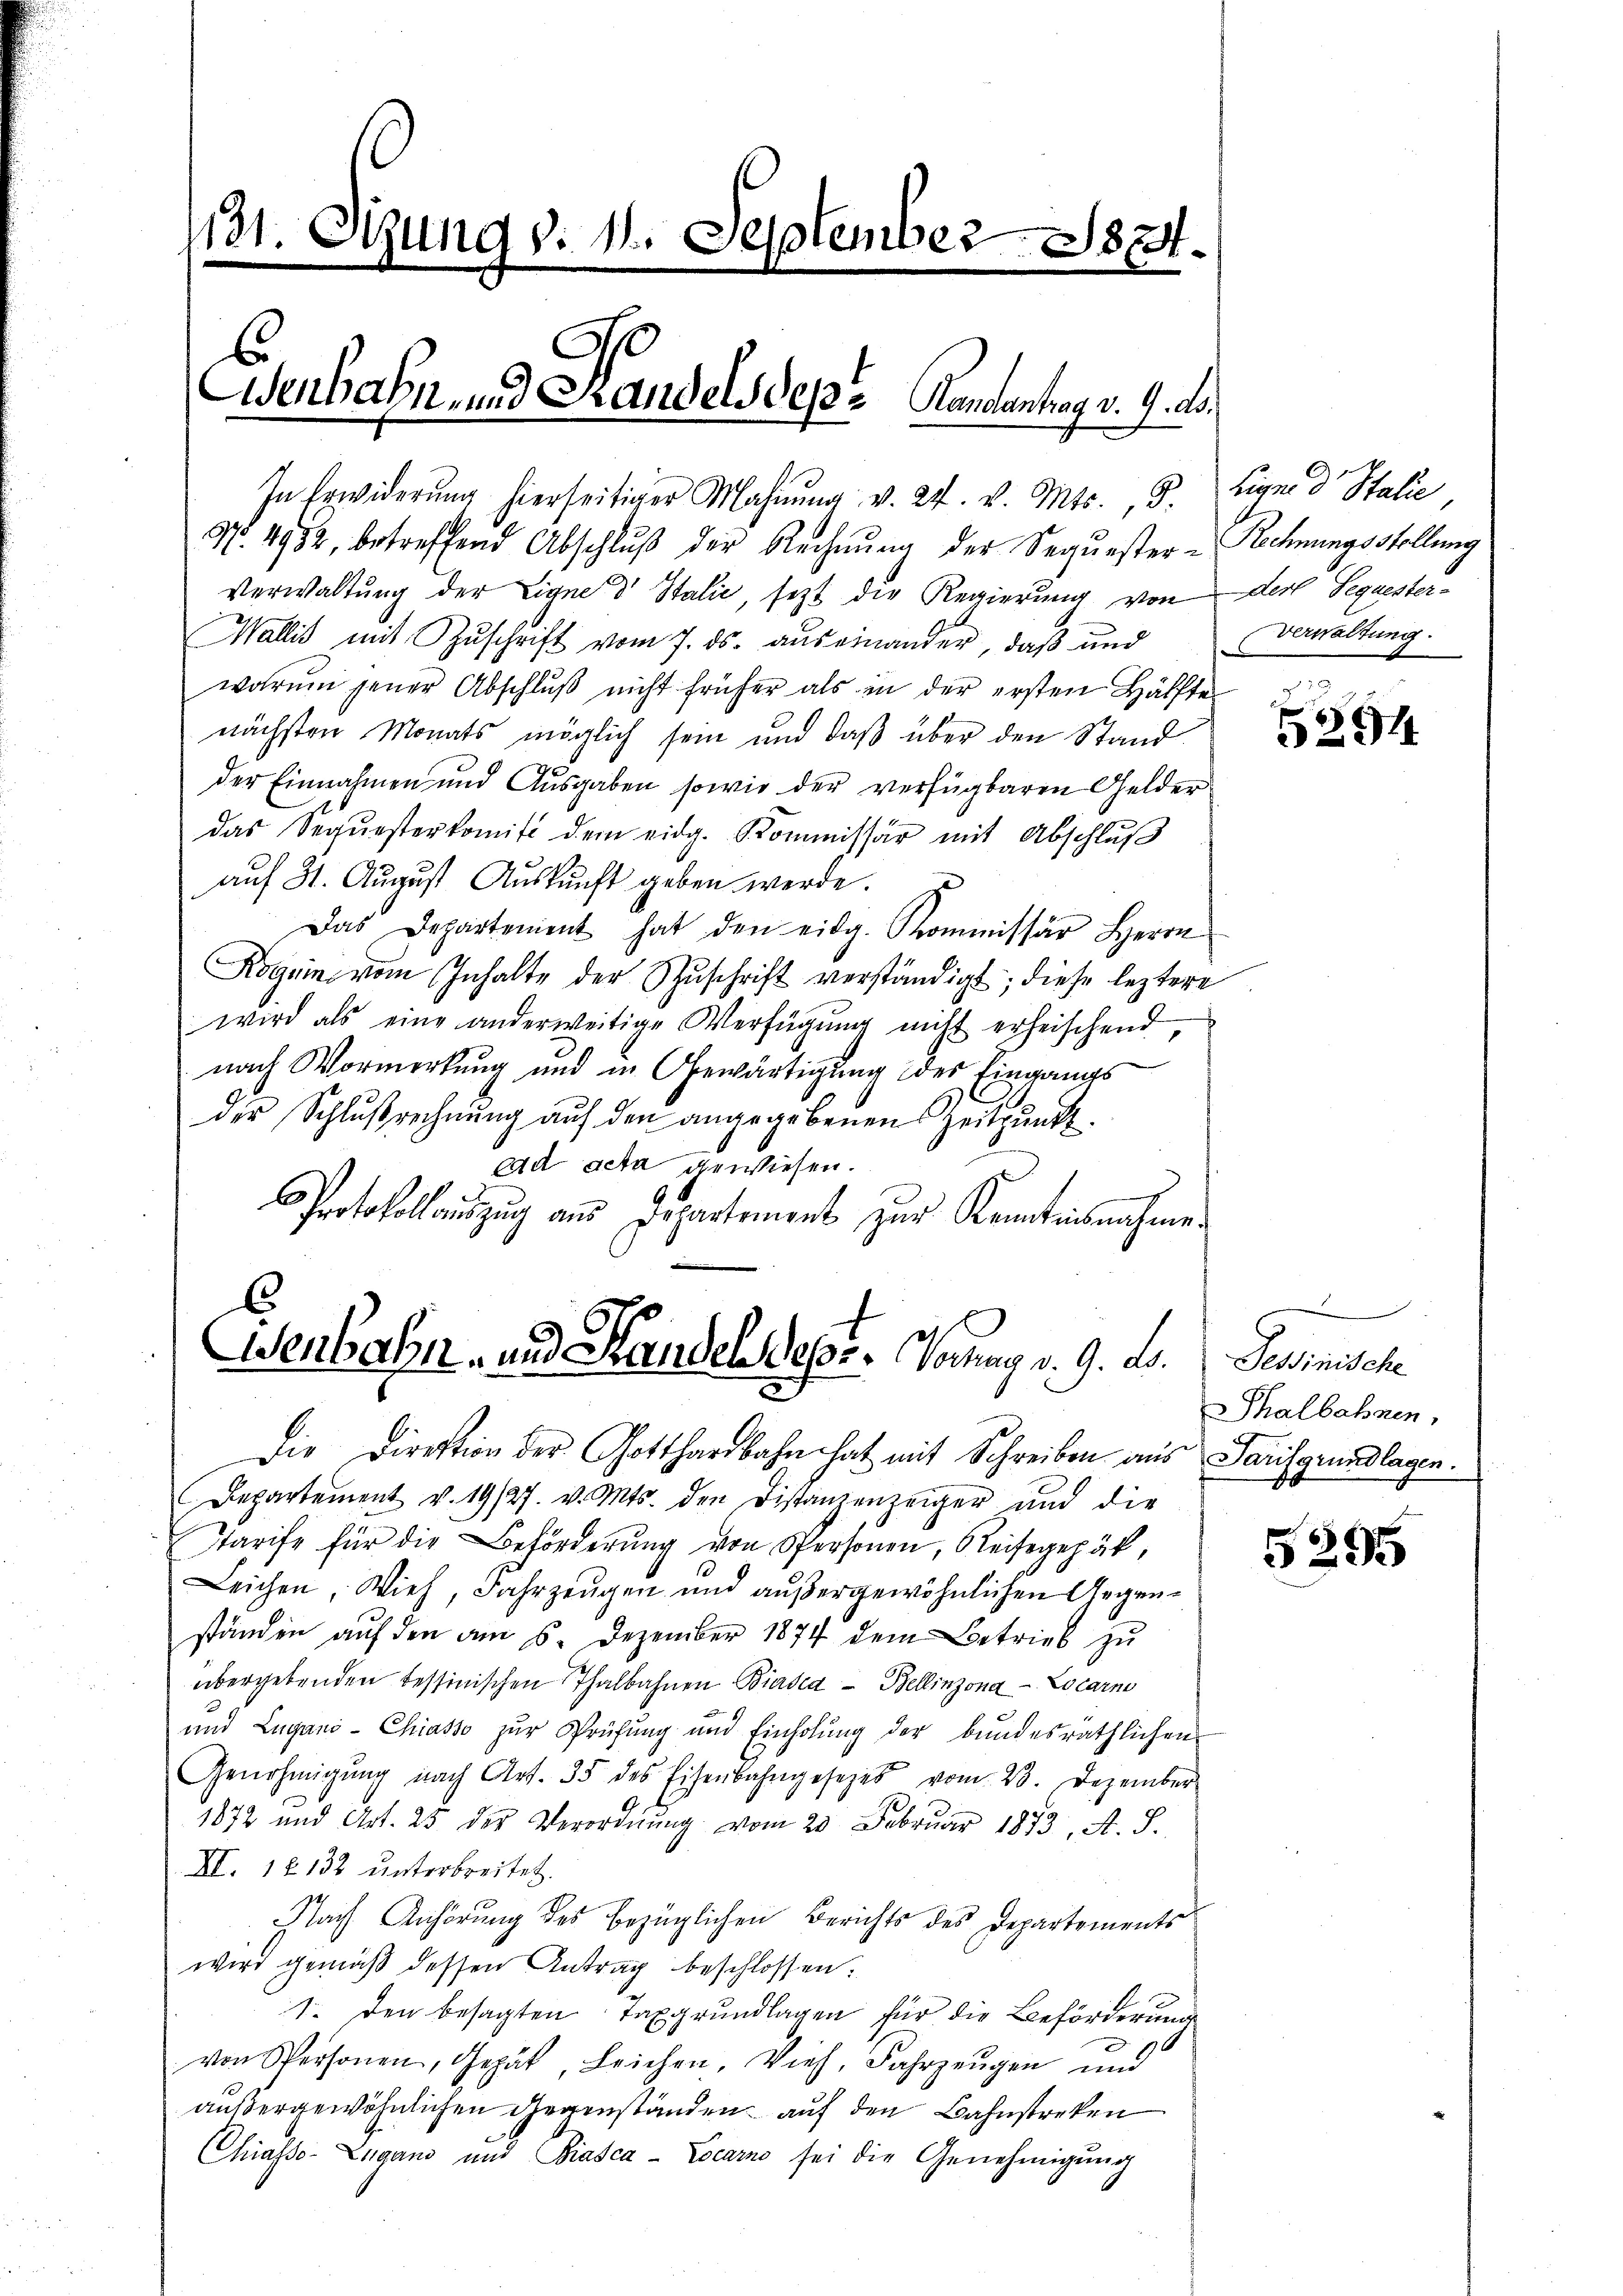
131. Stung v. 11. September 1831.

Ederbahn und Handelsdepr. Kantontegr. 9. d.

In Erwiderŭng hierseitiger Mahnŭng v. 24. v. Mts., S. Liquid Stalie
No. 4952, betreffend Abschluß der Rechnung der Sequester - Rechnungsstellung
Verwaltung der Eigne d Italić, sezt die Regierung von der Sequester¬
Wallis mit Zŭschrift vom 7. ds. auseinander, daß und Verwaltung.
worŭm jener Abschlŭβ nicht früher als in der ersten Hälfte
nächsten Monats möglich sein und daß über den Stand.
der Einnahmen und Ausgaben sowie der verfügbaren Gelder
das Sequesterkomit dem eidg. Kommissär mit Abschlŭβ
auf 31. August Auskunft geben werde.
Das Departement hat den eidg. Kommissär Herrn
Roguin vom Inhalte der Zŭschrift verständigt; diese leztere
wird als eine anderweitige Verfügŭng nicht erheischend
nach Vormerkung und in Gewärtigung des Eingangs
der Schlußrechnung auf den angegebenen Zeitpunkt
aad acta gewiesen.
Protokollauszug aus Departement zur Kenntnisnahme.

C
Wenbahn- und Handel depr.Vodung v. 9. ds.

Die Direktion der Gotthardbahn hat mit Schreiben aus Tarifgrundlagen.
Departement v. 19/27. v. Mts. den Distanzenzeiger und die
Tarife für die Beförderŭng von Personen, Reisegepät,
Leichen, Vieh, Fahrzeugen und außergewöhnlichen Gegenständen aŭf den am 6. Dezember 1874 dem Betrieb zu
übergebenden Tessinischen Thalbahnen Birsea - Bellinzona - Locarno
und Lugani-Chiasso zŭr Prüfŭng und Einholŭng der bundesräthlichen
Genehmigŭng nach Art. 35 des Eisenbahngesezes vom 23. Dezember
1872 und Art. 25 des Verordnŭng vom 23. Februar 1873, A. S.
XI. 18132 unterbreitet.
Nach Anhörung des bezüglichen Berichts des Departements
wird gemäß dessen Antrag beschlossen:
1. den besagten Taxgrundlagen für die Beförderung
von Spersonen, Gepät, Leichen. Vieh, Jahrzeŭgen und
außergewöhnlichen Gegenständen, auf den Bahnstreken
Chiasso-Lugano und Biasca Locarno sei die Genehmigŭng

5294

Gesinische
Thalbahnen.

5295